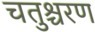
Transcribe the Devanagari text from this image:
चतुश्चरण